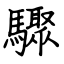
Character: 驟